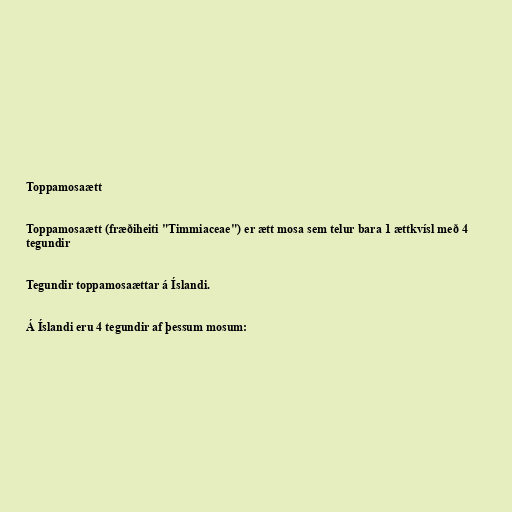
Toppamosaætt

Toppamosaætt (fræðiheiti "Timmiaceae") er ætt mosa sem telur bara 1 ættkvísl með 4
tegundir

Tegundir toppamosaættar á Íslandi.

Á Íslandi eru 4 tegundir af þessum mosum: